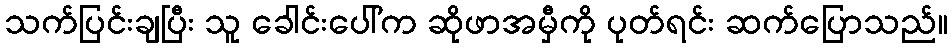
သက်ပြင်းချပြီး သူ ခေါင်းပေါ်က ဆိုဖာအမှီကို ပုတ်ရင်း ဆက်ပြောသည်။